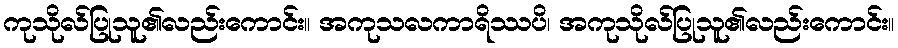
ကုသိုလ်ပြုသူ၏လည်းကောင်း။ အကုသလကာရိဿပိ၊ အကုသိုလ်ပြုသူ၏လည်းကောင်း။